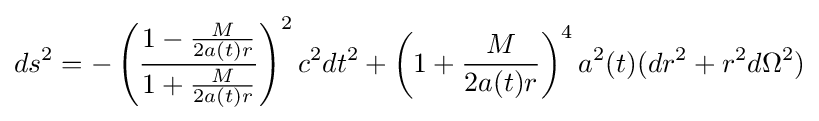
ds^{2}=-\left({\frac {1-{\frac {M}{2a(t)r}}}{1+{\frac {M}{2a(t)r}}}}\right)^{2}c^{2}dt^{2}+\left(1+{\frac {M}{2a(t)r}}\right)^{4}a^{2}(t)(dr^{2}+r^{2}d\Omega ^{2})